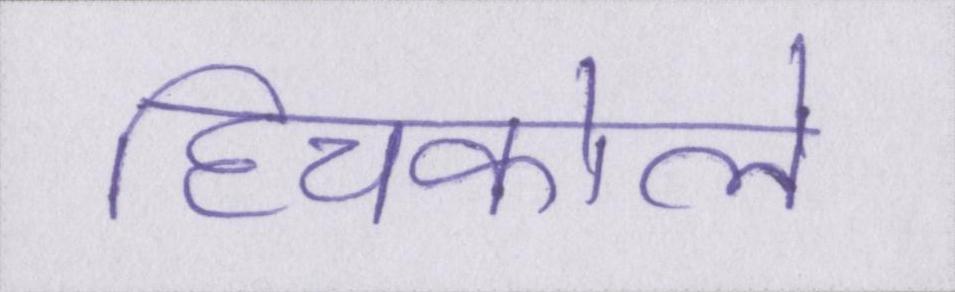
हिचकोले